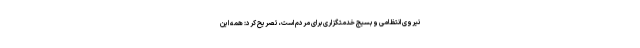
نیروی انتظامی و بسیج خدمتگزاری برای مردم است، تصریح کرد: همه این